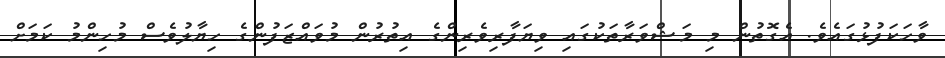
ވާހަކަފުޅުގައެވެ. އެގޮތުން މި މަޝްވަރާތަކުގައި ވިޔަފާރިވެެރިންގެ އިތުރުން މުވައްޒަފުންގެ ހިޔާލުވެސް މުހިންމު ކަމަށް